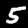
Label: 5